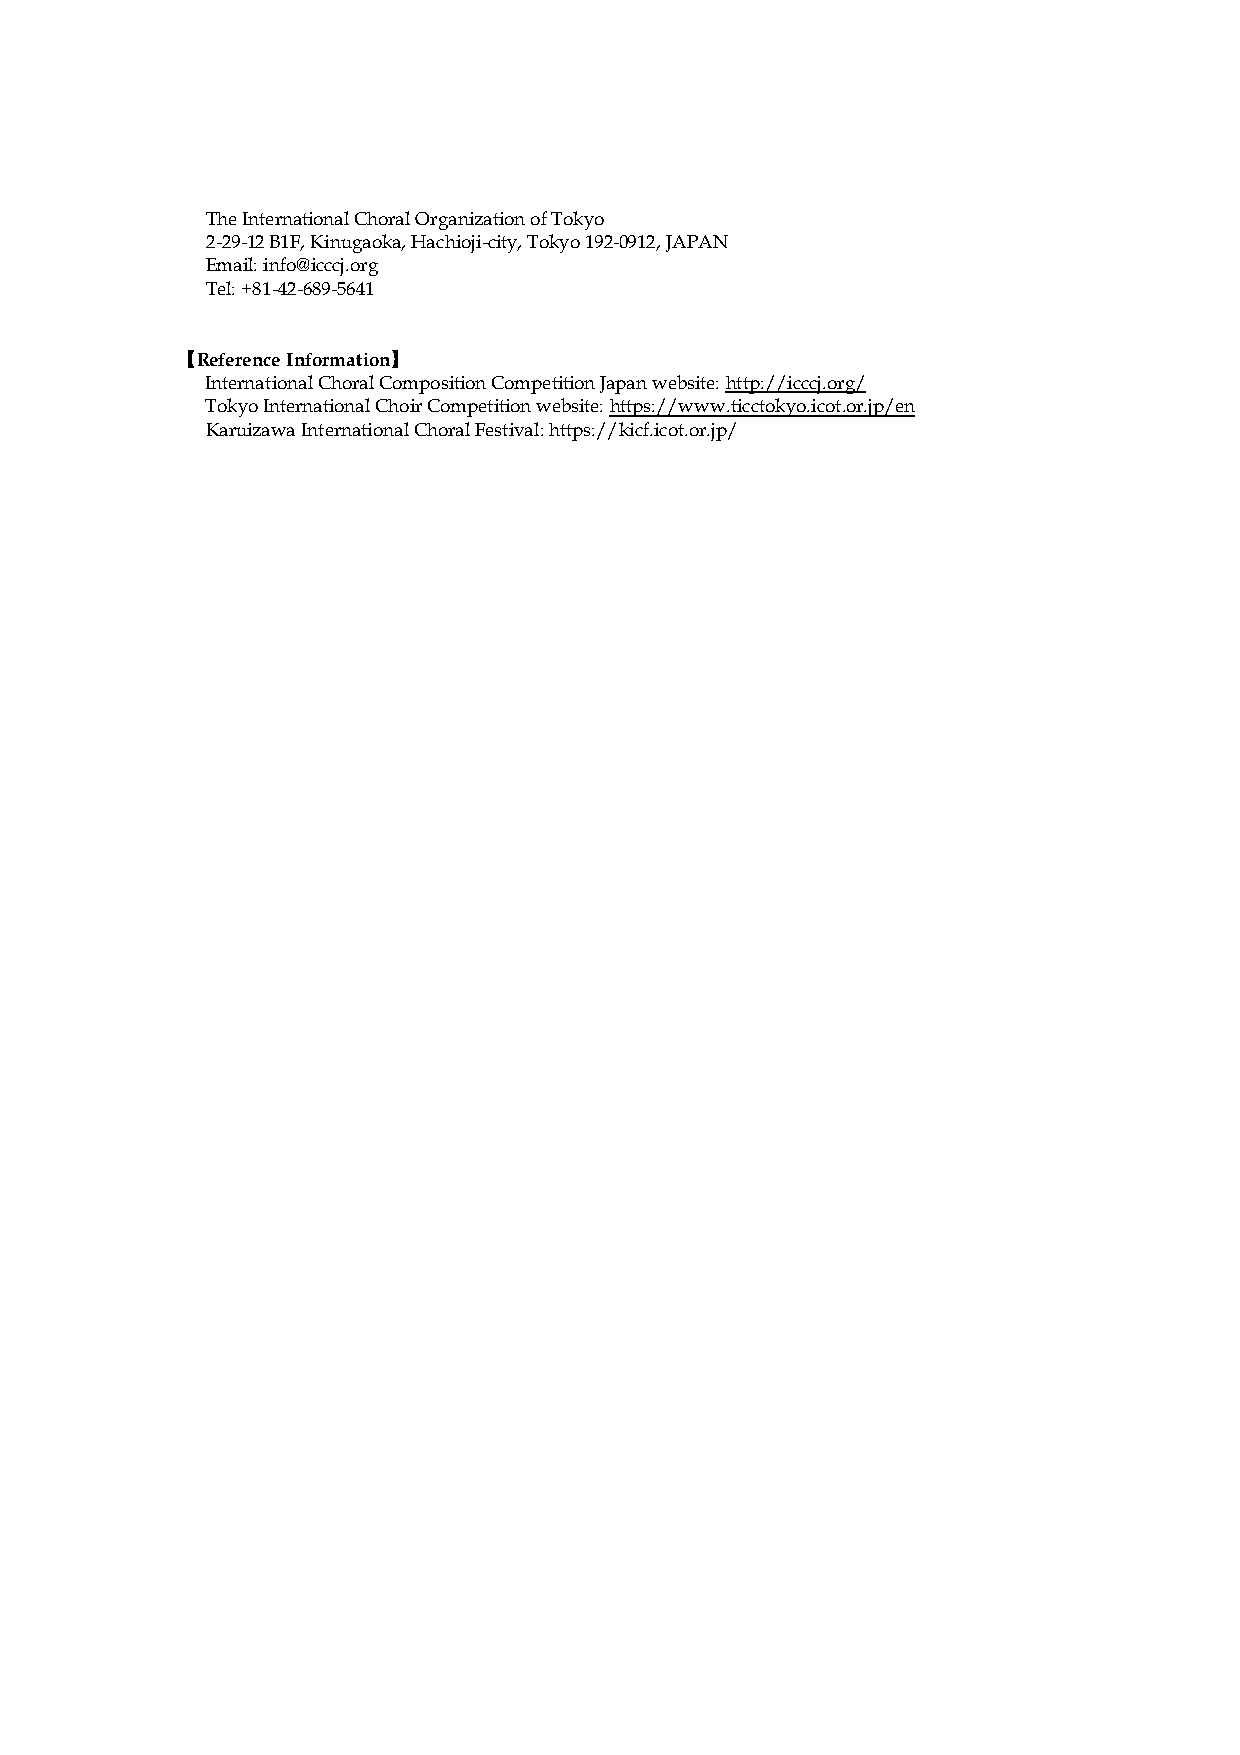
The International Choral Organization of Tokyo
 2-29-12 B1F, Kinugaoka, Hachioji-city, Tokyo 192-0912, JAPAN
 Email: info@icccj.org
 Tel: +81-42-689-5641
 【Reference Information】
 International Choral Composition Competition Japan website: http://icccj.org/
 Tokyo International Choir Competition website: https://www.ticctokyo.icot.or.jp/en
 Karuizawa International Choral Festival: https://kicf.icot.or.jp/